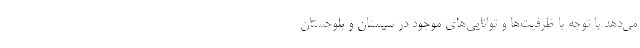
می‌دهد با توجه با ظرفیت‌ها و توانایی‌های موجود در سیستان و بلوچستان